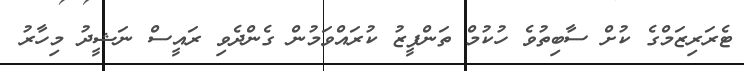
ޓެރަރިޒަމްގެ ކުށް ސާބިތުވެ ހުކުމް ތަންފީޒު ކުރައްވަމުން ގެންދެވި ރައީސް ނަޝީދު މިހާރު